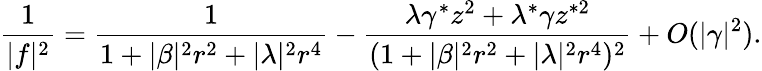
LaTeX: \frac{1}{|f|^{2}}=\frac{1}{1+|\beta|^{2}r^{2}+|\lambda|^{2}r^{4}}-\frac{\lambda\gamma^{*}z^{2}+\lambda^{*}\gamma z^{*2}}{(1+|\beta|^{2}r^{2}+|\lambda|^{2}r^{4})^{2}}+O(\vert\gamma\vert^{2}).